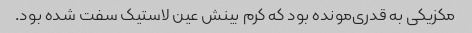
مکزیکی به قدری‌مونده بود که کرم بینش عین لاستیک سفت شده بود.